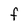
Character: F